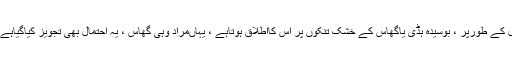
اس کے معنی میں کسی چیز کے ٹوٹنے کے ہیں ، زیادہ ترخشک چیزوں ، مثال کے طورپر ، بوسیدہ ہڈی یاگھاس کے خشک تِنکوں پر اس کااطلاق ہوتاہے ، یہاںمراد وہی گھاس ، یہ احتمال بھی تجویز کیاگیاہے کہ حطام سے مراد یہاںزمین کے نیچے بوسیدہ اورنہ اُگنے والا بیج ہے ( ٣) ۔